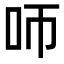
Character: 𠯗